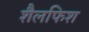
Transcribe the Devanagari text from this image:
शैलफिश